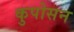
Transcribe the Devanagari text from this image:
कुपोसन